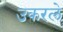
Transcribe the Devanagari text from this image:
उकरले